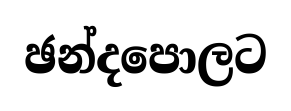
ඡන්දපොලට